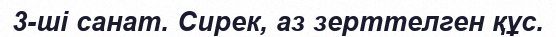
3-ші санат. Сирек, аз зерттелген құс.